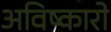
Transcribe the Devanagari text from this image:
अविष्कारो